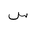
Letter: _sin